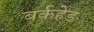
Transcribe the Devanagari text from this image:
बर्कहेड